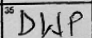
Transcription: DWP